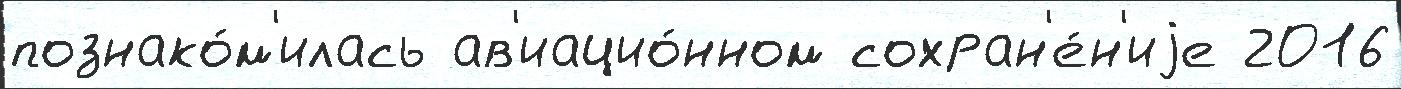
познако́м'илась ав'иацио́нном сохран'е́н'иjе 2016